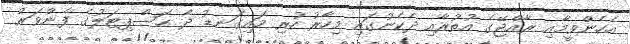
އެހެންވީމާއި ރާއްޖޭގެ އުތުރާއި ދެކެނުގައި މިހާރު ހުރި މައިގަނޑު ދެ ހޮސްޕިޓަލުގެ ފެންވަރު